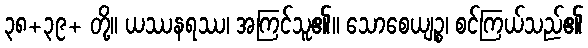
၃၈+၃၉+ တို့။ ယဿနရဿ၊ အကြင်သူ၏။ သောစေယျဉ္စ၊ စင်ကြယ်သည်၏